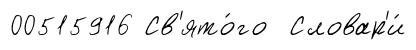
00515916 Св'ято́го Словар'и́